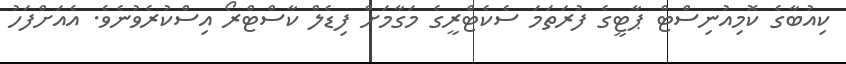
ކިއުބާގެ ކޮމިއުނިސްޓް ޕާޓީގެ ފުރަތަމަ ސެކެޓްރީގެ މަގާމަށް ފިޑެލް ކާސްޓްރޯ އިސްކުރެވުނެވެ. އެއަށްފަހު